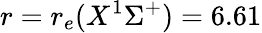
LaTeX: r=r_{e}(X^{1}\Sigma^{+})=6.61